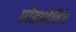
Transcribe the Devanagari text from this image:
पोडशेविंग